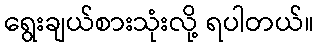
ရွေးချယ်စားသုံးလို့ ရပါတယ်။